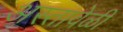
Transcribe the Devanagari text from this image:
अस्तावेळी